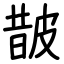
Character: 皵